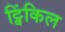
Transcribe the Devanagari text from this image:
ट्विंकिल